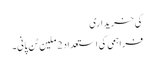
کی خریداری
فراہمی کی استعداد 2 ملین ٹن پانی۔